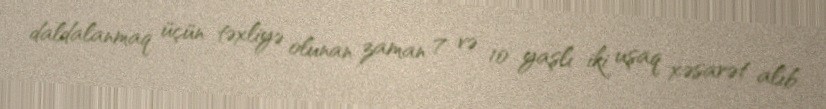
daldalanmaq üçün təxliyə olunan zaman 7 və 10 yaşlı iki uşaq xəsarət alıb.